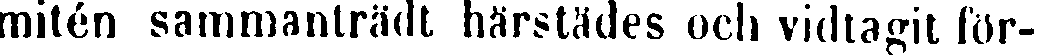
mitén sammanträdt härstädes och vidtagit för-